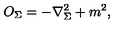
O _ { \Sigma } = - \nabla _ { \Sigma } ^ { 2 } + m ^ { 2 } ,